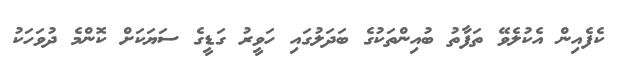
ކެފެއިން އެކުލެވޭ ތަފާތު ބުއިންތަކުގެ ބަދަލުގައި ހަވީރު ގަޑީގެ ސަޔަކަށް ކޮންމެ ދުވަހަކު